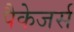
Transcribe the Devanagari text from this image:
पैकेजर्स